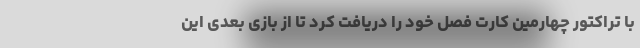
با تراکتور چهارمین کارت فصل خود را دریافت کرد تا از بازی بعدی این